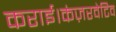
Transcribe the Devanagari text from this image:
कराई।कंज़रवेटिव